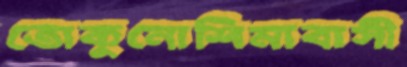
তোকুনোশিমাবাসী